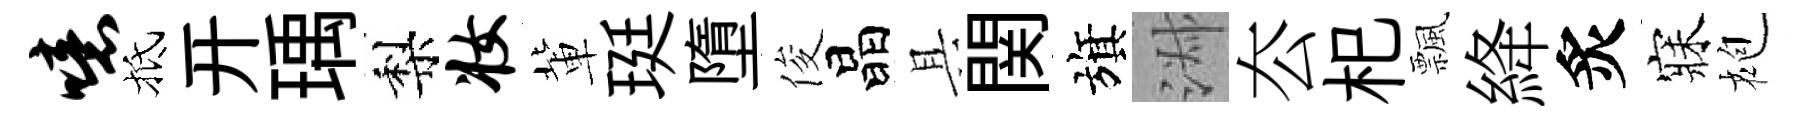
噫抵开瑀梨妆軰珽墮俊晶具関旗淑厺𣏌飄絳炙寐袍